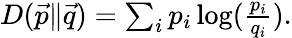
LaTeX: \begin{array}{r}{D(\vec{p}\| \vec{q})=\sum_{i}p_{i}\log(\frac{p_{i}}{q_{i}}).}\end{array}